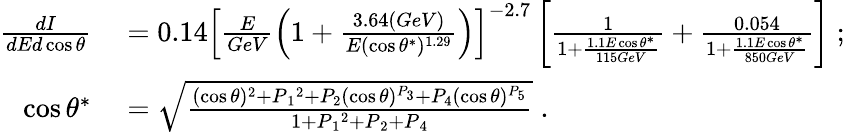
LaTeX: \begin{array}{rl}{\frac{dI}{dEd\cos{\theta}}}&{{}=0.14\left[\frac{E}{GeV}\left(1+\frac{3.64(GeV)}{E(\cos\theta^{\ast})^{1.29}}\right)\right]^{-2.7}\left[\frac{1}{1+\frac{1.1E\cos\theta^{\ast}}{115GeV}}+\frac{0.054}{1+\frac{1.1E\cos\theta^{\ast}}{850GeV}}\right]\; ;}\\ {\cos\theta^{\ast}}&{{}=\sqrt{\frac{(\cos\theta)^{2}+P{_1}^{2}+P_{2}(\cos\theta)^{P_{3}}+P_{4}(\cos\theta)^{P_{5}}}{1+P{_1}^{2}+P{_2}+P{_4}}}\; .}\end{array}